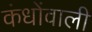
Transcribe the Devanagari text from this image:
कंधोंवाली